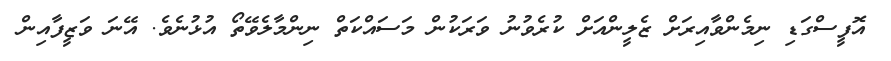
އޮފީސްގަޑި ނިމެންވާއިރަށް ޒެލީންއަށް ކުރެވުނު ވަރަކުން މަސައްކަތް ނިންމާލެވޭތޯ އުޅުނެވެ. އޭނަ ވަޒީފާއިން